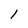
Character: 1